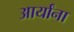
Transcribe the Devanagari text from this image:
आर्यांना